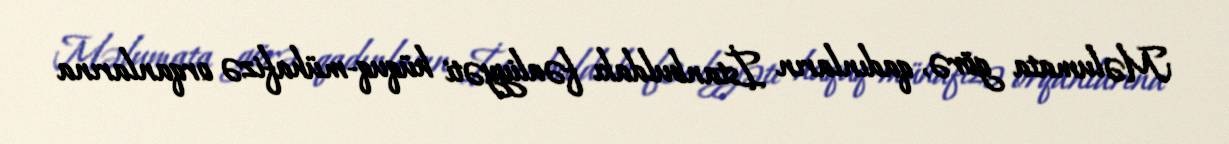
Məlumata görə, qadınların İstanbuldakı fəaliyyəti hüquq-mühafizə orqanlarına